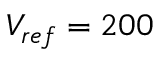
V _ { r e f } = 2 0 0